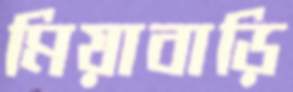
মিয়াবাড়ি